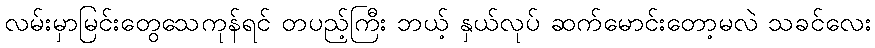
လမ်းမှာမြင်းတွေသေကုန်ရင် တပည့်ကြီး ဘယ့် နှယ်လုပ် ဆက်မောင်းတော့မလဲ သခင်လေး